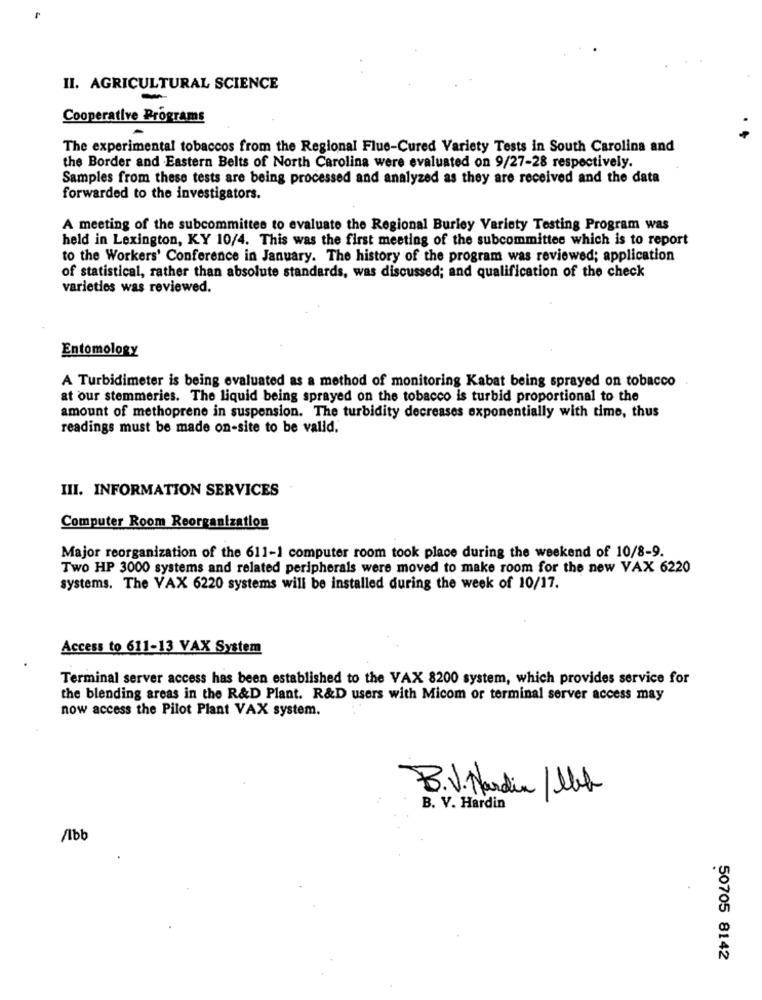
II. AGRICULTURAL SCIENCE
Cooperative Programs
The experimental tobaccos from the Regional Flue-Cured Variety Tests in South Carolina and
the Border and Eastern Belts of North Carolina were evaluated on 9/27-28 respectively.
Samples from these tests are being processed and analyzed as they are received and the data
forwarded to the investigators.
A meeting of the subcommittee to evaluate the Regional Burley Variety Testing Program was
held in Lexington, KY 10/4. This was the first meeting of the subcommittee which is to report
to the Workers' Conference in January. The history of the program was reviewed; application
of statistical, rather than absolute standards, was discussed; and qualification of the check
varieties was reviewed.
Entomology
A Turbidimeter is being evaluated as a method of monitoring Kabat being sprayed on tobacco
at our stemmeries. The liquid being sprayed on the tobacco is turbid proportional to the
amount of methoprene in suspension. The turbidity decreases exponentially with time, thus
readings must be made on-site to be valid.
III. INFORMATION SERVICES
Computer Room Reorganization
Major reorganization of the 611-1 computer room took place during the weekend of 10/8-9.
Two HP 3000 systems and related peripherals were moved to make room for the new VAX 6220
systems. The VAX 6220 systems will be installed during the week of 10/17.
Access to 611-13 VAX System
Terminal server access has been established to the VAX 8200 system, which provides service for
the blending areas in the R&D Plant. R&D users with Micom or terminal server access may
now access the Pilot Plant VAX system.
B.V. Nardin /Ubb
B. V. Hardin
/1bb
50705 8142